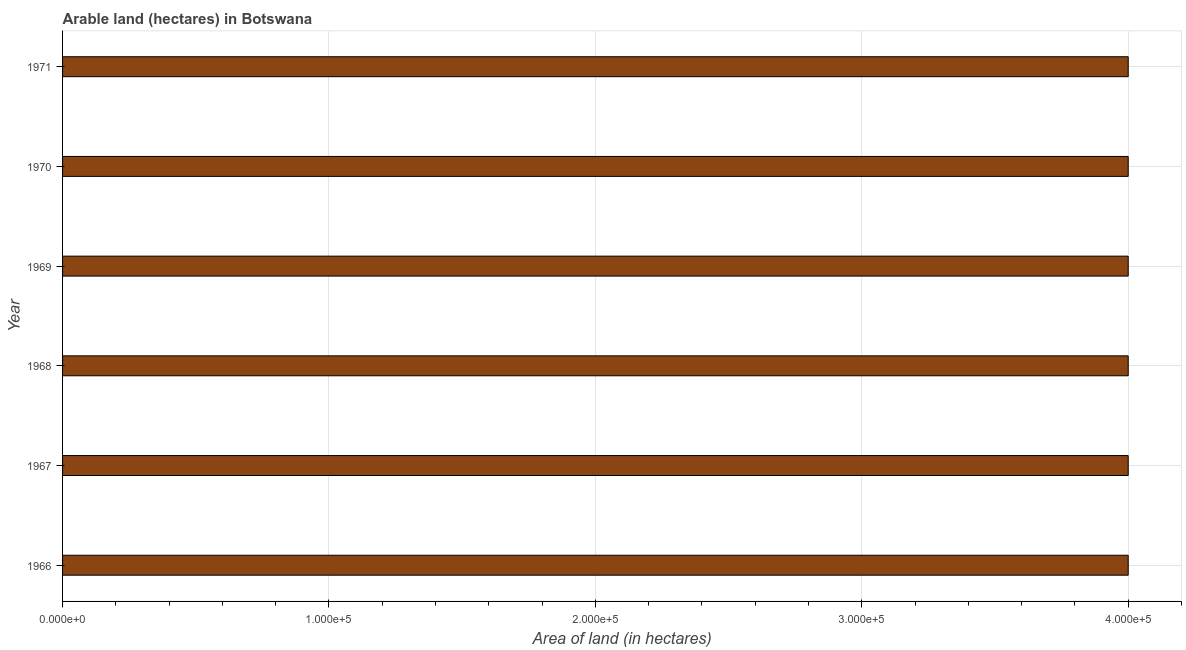
| Year | Area of land |
 | --- | --- |
 | 1966 | 4e+05 |
 | 1967 | 4e+05 |
 | 1968 | 4e+05 |
 | 1969 | 4e+05 |
 | 1970 | 4e+05 |
 | 1971 | 4e+05 |